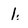
Character: 1